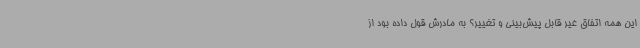
این همه اتفاق غیر قابل پیش‌بینی و تغییر؟ به مادرش قول داده بود از